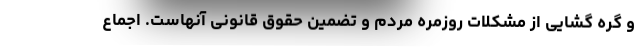
و گره گشایی از مشکلات روزمره مردم و تضمین حقوق قانونی آنهاست. اجماع